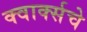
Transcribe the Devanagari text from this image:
क्वार्क्सचे